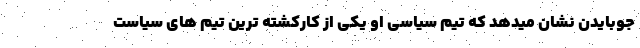
جوبایدن نشان میدهد که تیم سیاسی او یکی از کارکشته ترین تیم های سیاست